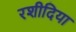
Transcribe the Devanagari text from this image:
रशीदिया